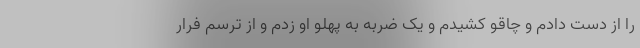
را از دست دادم و چاقو کشیدم و یک ضربه به پهلو او زدم و از ترسم فرار